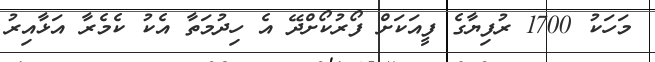
މަހަކު 1700 ރުފިޔާގެ ފީއަކަށް ފޯރުކޯށްދޭ އެ ހިދުމަތާ އެކު ކެމެރާ އަޅާއިރު